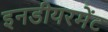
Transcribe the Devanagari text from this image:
इनडीयरमेंट